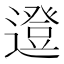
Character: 邆